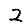
Digit: 2